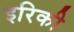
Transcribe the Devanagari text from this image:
इरिकी